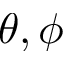
\theta , \phi